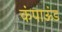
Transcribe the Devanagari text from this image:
कंपाऊंड